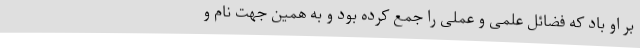
بر او باد که فضائل علمی و عملی را جمع کرده بود و به همین جهت نام و